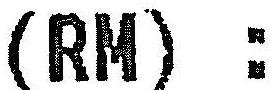
(RM) :